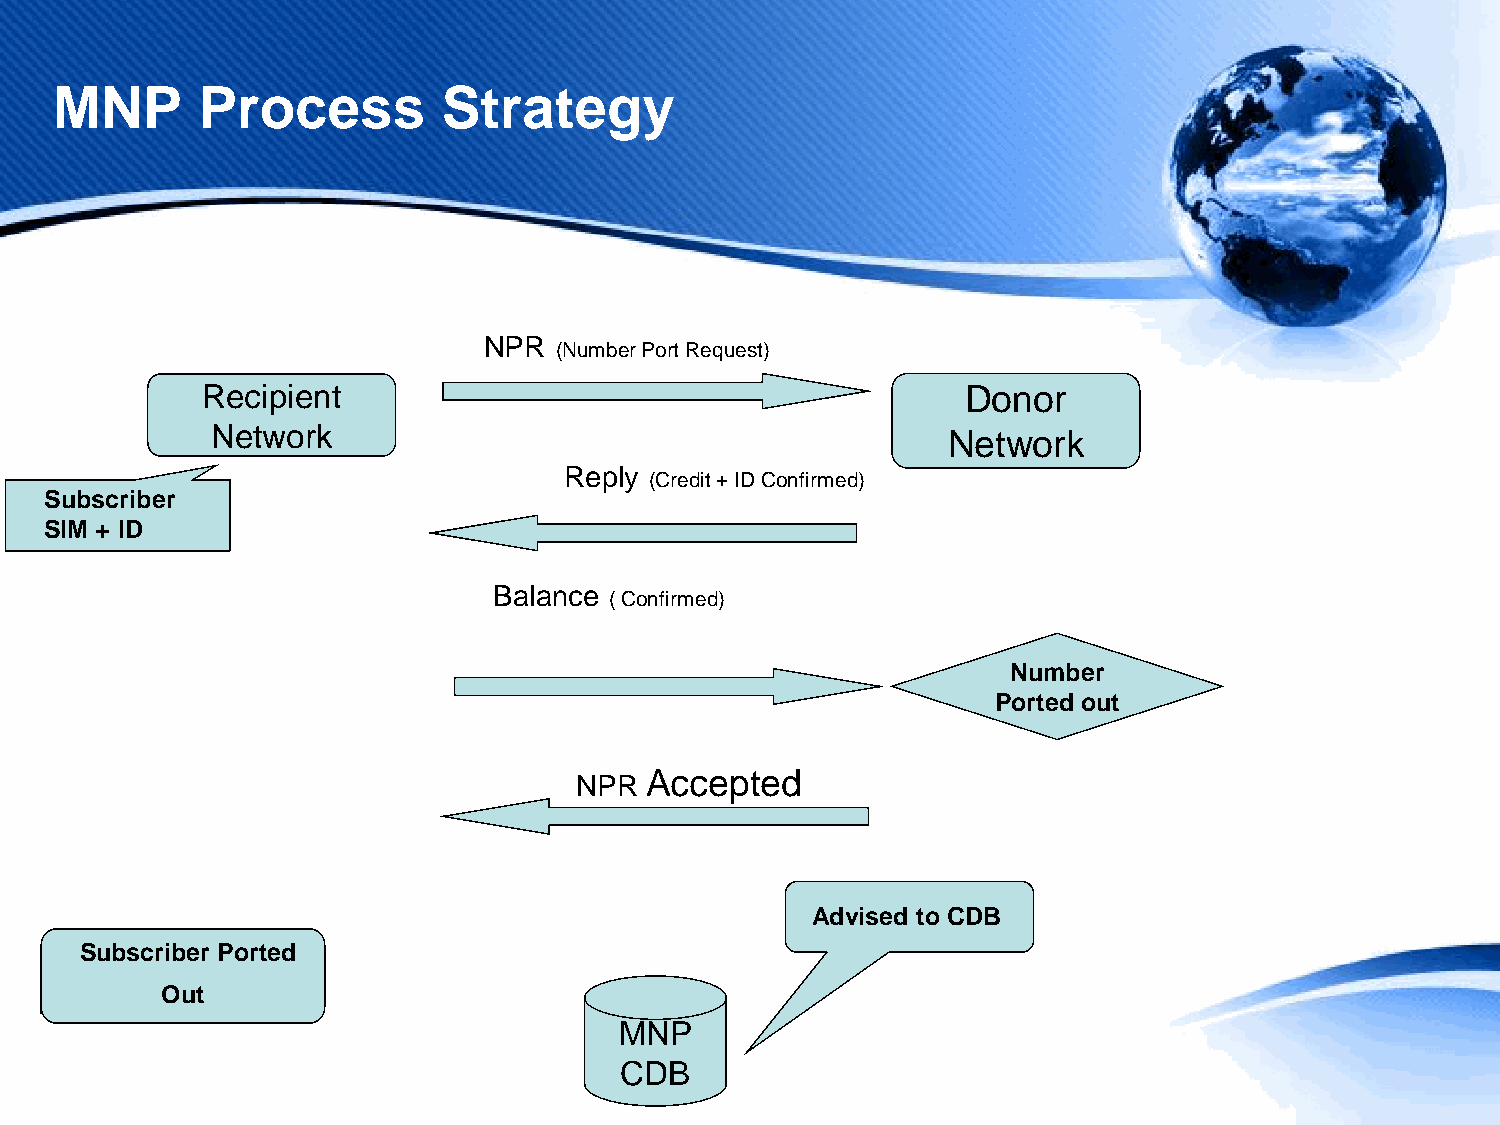
MNP       Process         Strategy
 NPR
 (Number Port Request)
 Recipient                                          Donor
 Network
 Network
 Reply
 (Credit + ID Confirmed)
 Subscriber
 SIM + ID
 Balance
 ( Confirmed)
 Number
 Ported out
 Accepted
 NPR
 Advised to CDB
 Subscriber Ported
 Out
 MNP
 CDB